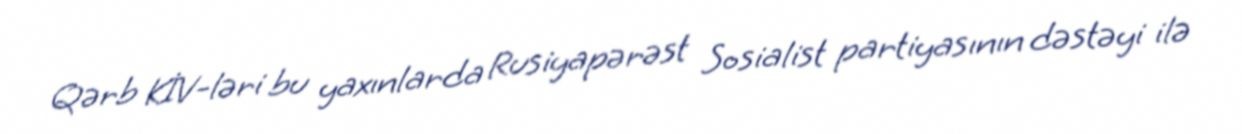
Qərb KİV-ləri bu yaxınlarda Rusiyapərəst Sosialist partiyasının dəstəyi ilə